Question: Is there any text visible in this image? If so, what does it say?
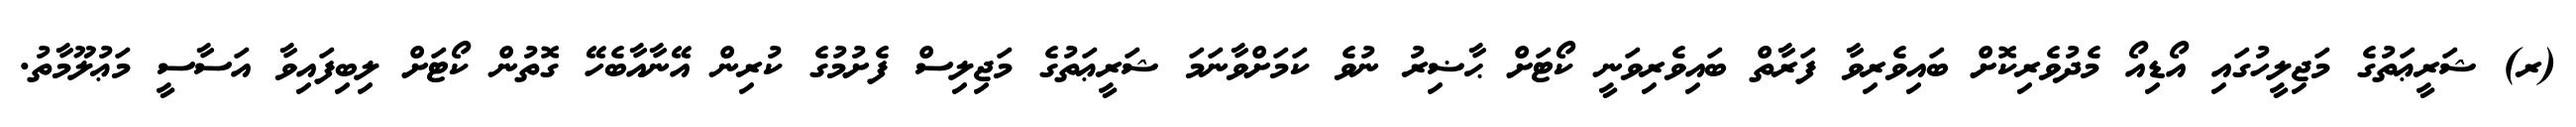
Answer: (ރ) ޝަރީޢަތުގެ މަޖިލީހުގައި އޯޑިއޯ މެދުވެރިކޮށް ބައިވެރިވާ ފަރާތް ބައިވެރިވަނީ ކޯޓަށް ޙާޟިރު ނުވެ ކަމަށްވާނަމަ ޝަރީޢަތުގެ މަޖިލިސް ފެށުމުގެ ކުރިން އޭނާއާބެހޭ ގޮތުން ކޯޓަށް ލިބިފައިވާ އަސާސީ މަޢުލޫމާތު.